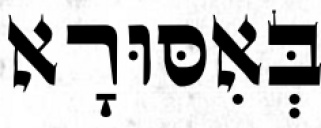
בְּאִסּוּרָא